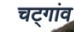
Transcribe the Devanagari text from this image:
चट्गांव